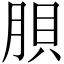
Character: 𱼉